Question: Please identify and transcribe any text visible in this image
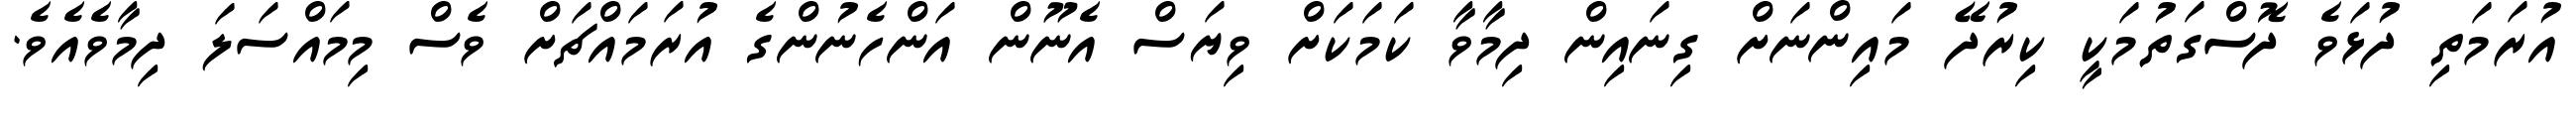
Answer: އުރަމަތި ދުޅަވެ ދޮސްގަތުމަކީ ކިރުދޭ މައިންނަށް ގިނައިން ދިމާވާ ކަމަކަށް ވިޔަސް އެނޫން އަންހެނުންގެ އުރަމައްޗަށް ވެސް މިމައްސަލަ ދިމާވެއެވެ.